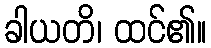
ခါယတိ၊ ထင်၏။